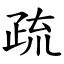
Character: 疏